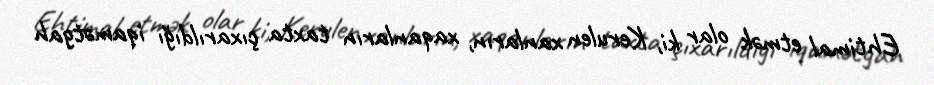
Ehtimal etmək olar ki, Kerulen xanların, xaqanların taxta çıxarıldığı iqamətgah